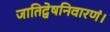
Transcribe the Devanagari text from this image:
जातिद्वेषनिवारणं।